Cholera in southern India
Disease focus: Cholera
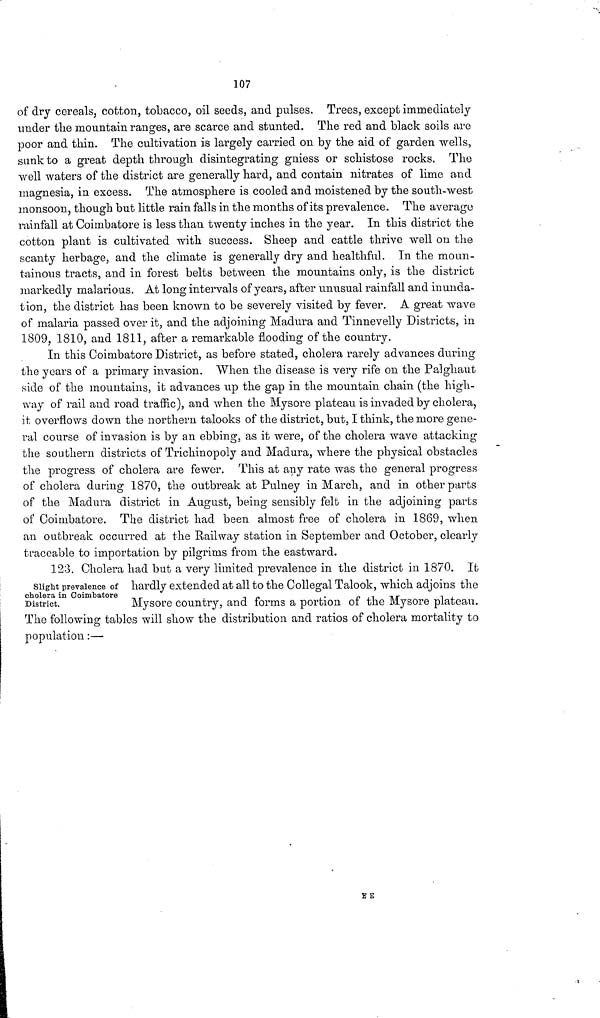
107
of dry cereals, cotton, tobacco, oil seeds, and pulses. Trees, except immediately
under the mountain ranges, are scarce and stunted. The red and black soils are
poor and thin. The cultivation is largely carried on by the aid of garden wells,
sunk to a great depth through disintegrating gniess or schistose rocks. The
well waters of the district are generally hard, and contain nitrates of lime and
magnesia, in excess. The atmosphere is cooled and moistened by the south-west
monsoon, though but little rain falls in the months of its prevalence. The average
rainfall at Coimbatore is less than twenty inches in the year. In this district the
cotton plant is cultivated with success. Sheep and cattle thrive well on the
scanty herbage, and the climate is generally dry and healthful. In the moun-
tainous tracts, and in forest belts between the mountains only, is the district
markedly malarious. At long intervals of years, after unusual rainfall and inunda-
tion, the district has been known to be severely visited by fever. A great wave
of malaria passed over it, and the adjoining Madura and Tinnevelly Districts, in
1809, 1810, and 1811, after a remarkable flooding of the country.
In this Coimbatore District, as before stated, cholera rarely advances during
the years of a primary invasion. When the disease is very rife on the Pal ghaut
side of the mountains, it advances up the gap in the mountain chain (the high-
way of rail and road traffic), and when the Mysore plateau is invaded by cholera,
it overflows down the northern talooks of the district, but, I think, the more gene-
ral course of invasion is by an ebbing, as it were, of the cholera wave attacking
the southern districts of Trichinopoly and Madura, where the physical obstacles
the progress of cholera are fewer. This at any rate was the general progress
of cholera during 1870, the outbreak at Pulney in March, and in other parts
of the Madura district in August, being sensibly felt in the adjoining parts
of Coimbatore. The district had been almost free of cholera in 1869, when
an outbreak occurred at the Railway station in September and October, clearly
traceable to importation by pilgrims from the eastward.
Slight prevalence of
cholera in Coimbatore
District.
123. Cholera had but a very limited prevalence in the district in 1870. It
hardly extended at all to the Collegal Talook, which adjoins the
Mysore country, and forms a portion of the Mysore plateau.
The following tables will show the distribution and ratios of cholera mortality to
population :—
E E